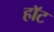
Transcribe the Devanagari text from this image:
हाॅट